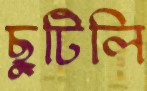
ছুটিলি